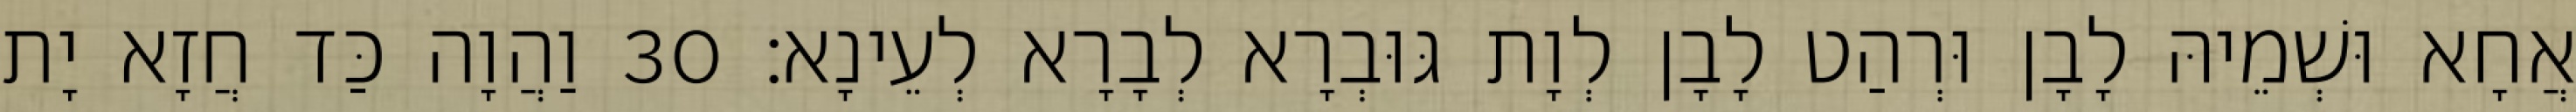
אֲחָא וּשְׁמֵיהּ לָבָן וּרְהַט לָבָן לְוָת גּוּבְרָא לְבָרָא לְעֵינָא׃ 30 וַהֲוָה כַּד חֲזָא יָת